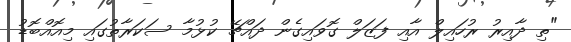
"ތި ދާއިރު ރުހައިލް އާއި ފަޒަލް ގޮވައިގެން ދައްޗޭ ކުޅުމާ ސަކަރާތުގައި މިއޮއްބޮޑު